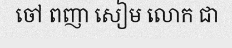
ចៅ ពញា សៀម លោក ជា